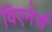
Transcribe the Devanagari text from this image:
विएनेर्स